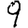
Digit: 9